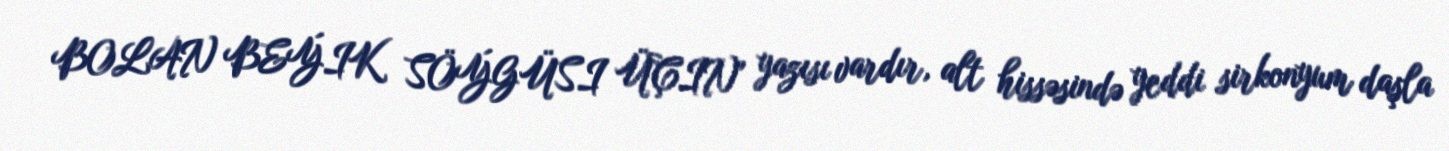
BOLAN BEÝIK SÖÝGÜSI ÜÇIN" yazısı vardır, alt hissəsində yeddi sirkonyum daşla